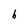
Character: h